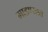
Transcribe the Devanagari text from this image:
माडण्यात